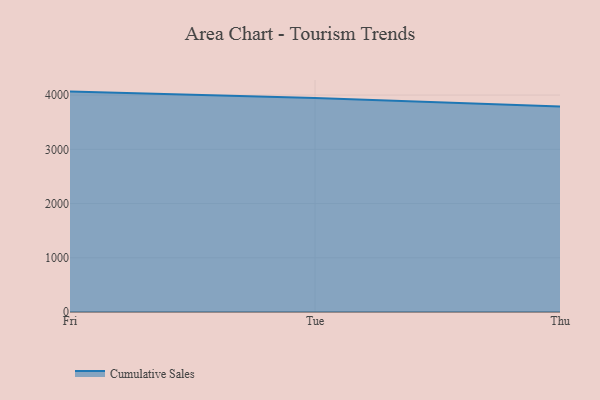
{"axis": {"x": "Day", "y": "Energy Usage (MWh)"}, "legend": ["Cumulative Sales"], "data": [{"x": "Fri", "y": 4063.8, "type": "Cumulative Sales"}, {"x": "Tue", "y": 3945.5, "type": "Cumulative Sales"}, {"x": "Thu", "y": 3788.3, "type": "Cumulative Sales"}]}